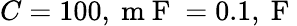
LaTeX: C=100,\mathrm{~m~F~}=0.1,\mathrm{~F~}